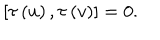
LaTeX: [ \tau \left( u \right) , \tau \left( v \right) ] = 0 .